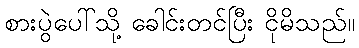
စားပွဲပေါ်သို့ ခေါင်းတင်ပြီး ငိုမိသည်။